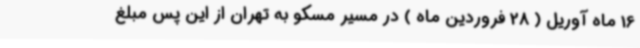
16 ماه آوریل ( 28 فروردین ماه ) در مسیر مسکو به تهران از این پس مبلغ